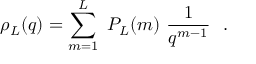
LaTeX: \rho _ { L } ( q ) = \sum _ { m = 1 } ^ { L } \ P _ { L } ( m ) \ { \frac { 1 } { q ^ { m - 1 } } } \ \ .